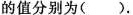
的值分别为()。